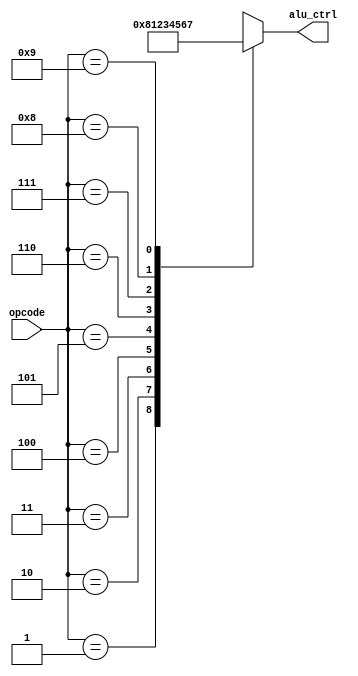
// Copyright 2021 cpu-dev
//
// Licensed under the Apache License, Version 2.0 (the "License");
// you may not use this file except in compliance with the License.
// You may obtain a copy of the License at
//
//      http://www.apache.org/licenses/LICENSE-2.0
//
// Unless required by applicable law or agreed to in writing, software
// distributed under the License is distributed on an "AS IS" BASIS,
// WITHOUT WARRANTIES OR CONDITIONS OF ANY KIND, either express or implied.
// See the License for the specific language governing permissions and
// limitations under the License.

module alu_controller(opcode, alu_ctrl);
    input [3:0] opcode;
    output [3:0] alu_ctrl;

    assign alu_ctrl = alu_control(opcode);

    function [3:0] alu_control(input [3:0] opcode);
        begin
            case(opcode)
                4'b0001: alu_control = 4'b0000;
                4'b0010: alu_control = 4'b1000;
                4'b0011: alu_control = 4'b0001;
                4'b0100: alu_control = 4'b0010;
                4'b0101: alu_control = 4'b0011;
                4'b0110: alu_control = 4'b0100;
                4'b0111: alu_control = 4'b0101;
                4'b1000: alu_control = 4'b0110;
                4'b1001: alu_control = 4'b0111;
            endcase
        end
    endfunction
endmodule